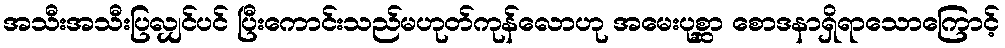
အသီးအသီးပြလျှင်ပင် ပြီးကောင်းသည်မဟုတ်ကုန်လောဟု အမေးပုစ္ဆာ စောဒနာရှိရာသောကြောင့်